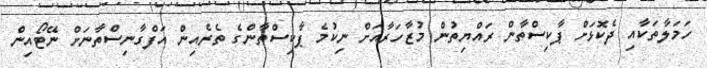
ހަމަލާތަކާއި ދެކޮޅަށް ޕާކިސްތާން ރައްޔިތުން މުޒާހަރާއަށް ނިކުމެ ޕާކިސްތާންގެ ތެރެއިން އަފްގާނިސްތާނަށް ނޭޓޯއިން